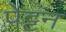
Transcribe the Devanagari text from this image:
पेट्टन